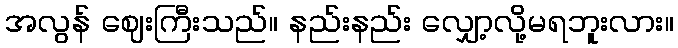
အလွန် ဈေးကြီးသည်။ နည်းနည်း လျှော့လို့မရဘူးလား။